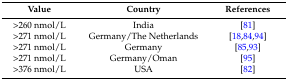
| Value | Country | References |
 | --- | --- | --- |
 | >260 nmol/L | India | [81] |
 | >271 nmol/L | Germany/The Netherlands | [18,84,94] |
 | >271 nmol/L | Germany | [85,93] |
 | >271 nmol/L | Germany/Oman | [95] |
 | >376 nmol/L | USA | [82] |